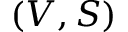
( V , S )